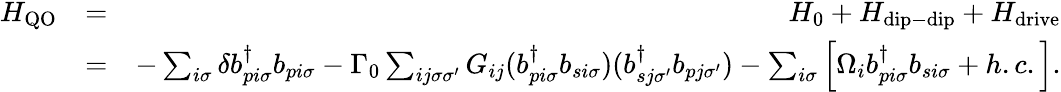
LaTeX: \begin{array}{rlr}{H_{\mathrm{QO}}}&{=}&{H_{0}+H_{\mathrm{dip-dip}}+H_{\mathrm{drive}}}\\ &{=}&{-\sum_{i\sigma}\delta b_{pi\sigma}^{\dagger}b_{pi\sigma}-\Gamma_{0}\sum_{ij\sigma\sigma^{\prime}}G_{ij}(b_{pi\sigma}^{\dagger}b_{si\sigma})(b_{sj\sigma^{\prime}}^{\dagger}b_{pj\sigma^{\prime}})-\sum_{i\sigma}\left[\Omega_{i}b_{pi\sigma}^{\dagger}b_{si\sigma}+h.c.\right].}\end{array}